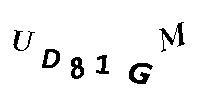
UD81GM